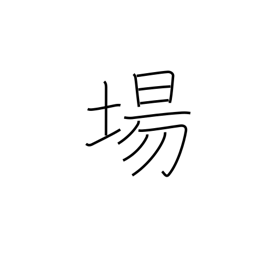
Meaning: location